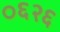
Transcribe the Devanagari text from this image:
०६२६